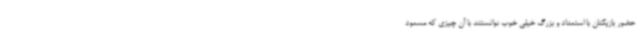
حضور بازیکنان با استعداد و بزرگ خیلی خوب توانستند با آن چیزی که مسعود